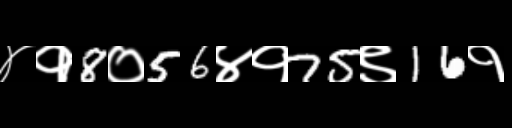
Text: ४१8०56४१75९16१